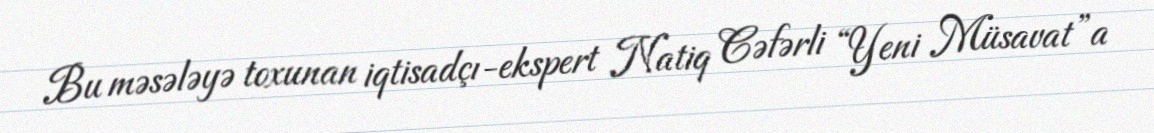
Bu məsələyə toxunan iqtisadçı-ekspert Natiq Cəfərli “Yeni Müsavat”a